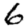
Digit: 6